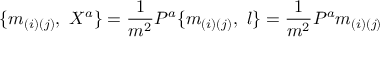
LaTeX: \{ m _ { ( i ) ( j ) } , \ X ^ { a } \} = { \frac { 1 } { m ^ { 2 } } } { \cal P } ^ { a } \{ m _ { ( i ) ( j ) } , \ l \} = { \frac { 1 } { m ^ { 2 } } } { \cal P } ^ { a } m _ { ( i ) ( j ) }